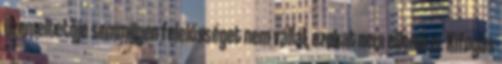
üzemeltetője semmilyen felelősséget nem vállal, azokat nem ellenőrzi. Kifogás